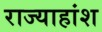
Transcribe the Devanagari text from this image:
राज्याहांश